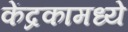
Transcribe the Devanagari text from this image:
केंद्रकामध्ये